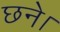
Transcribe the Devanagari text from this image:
छने।